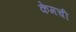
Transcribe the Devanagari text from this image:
केमची